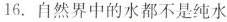
16.自然界中的水都不是纯水